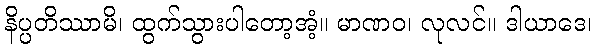
နိပ္ပတိဿာမိ၊ ထွက်သွားပါတော့အံ့။ မာဏဝ၊ လုလင်။ ဒါယာဒေ၊